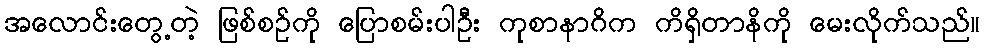
အလောင်းတွေ့တဲ့ ဖြစ်စဉ်ကို ပြောစမ်းပါဦး ကုစာနာဂိက ကိရှိတာနိကို မေးလိုက်သည်။